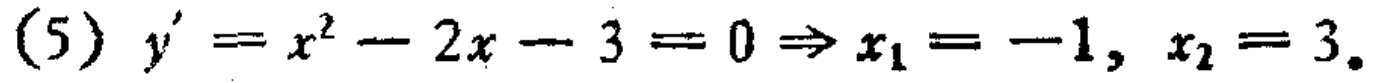
\((5) y' = x^{2}-2x - 3 = 0\Rightarrow x_{1}=-1, x_{2}=3.\)